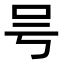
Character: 𠮲